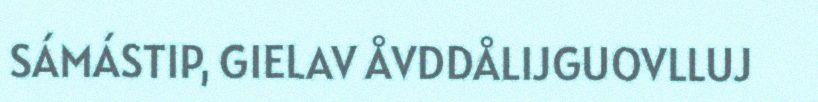
SÁMÁSTIP, GIELAV ÅVDDÅLIJGUOVLLUJ